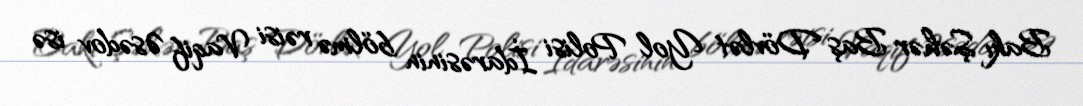
Bakı Şəhər Baş Dövlət Yol Polisi İdarəsinin bölmə rəisi Vaqif Əsədov isə